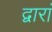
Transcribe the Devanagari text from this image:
द्वारां